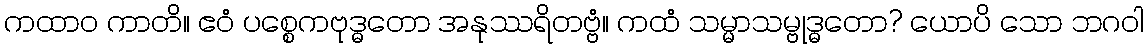
ကထာဝ ကာတိ။ ဧဝံ ပစ္စေကဗုဒ္ဓတော အနုဿရိတဗ္ဗံ။ ကထံ သမ္မာသမ္ဗုဒ္ဓတော? ယောပိ သော ဘဂဝါ